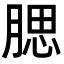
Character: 腮